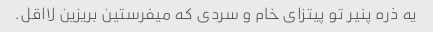
یه ذره پنیر تو پیتزای خام و سردی که میفرستین بریزین لااقل.